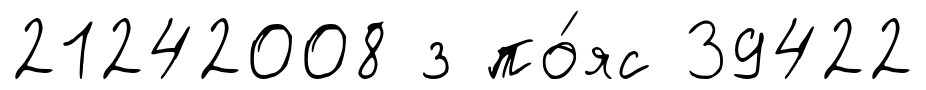
21242008 з по́яс 39422